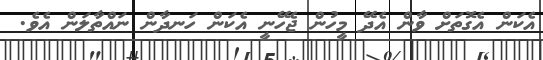
އެކަން އެގޮތަށް ވާން އެދޭ މީހުން ޖެހޭނީ އެކަން ހަނދާން ނައްތާލަން އެވެ.